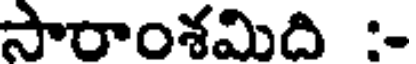
సారాంశమిది :-